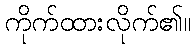
ကိုက်ထားလိုက်၏။